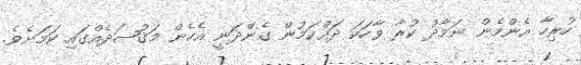
ހުރިހާ އެންމެން ނަމާދު ކުރާ ވާހަކަަ ދައްކަމުން ގެންދަނީ އެހެން މަޤުޞަދެއްގައި ކަމަށެވެ.